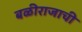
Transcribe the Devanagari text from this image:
बळीराजाची